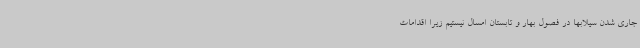
جاری شدن سیلابها در فصول بهار و تابستان امسال نیستیم زیرا اقدامات